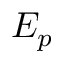
E _ { p }